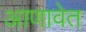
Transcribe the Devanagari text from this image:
आणावेत